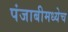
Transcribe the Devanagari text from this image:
पंजाबीमध्येच